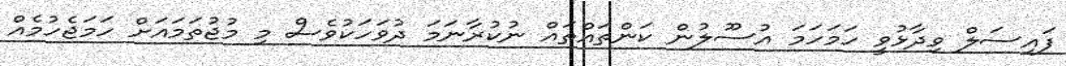
ފައިސަލް ވިދާޅުވީ ހަމަހަމަ އުސޫލުން ކަންތައްތައް ނުކުރާނަމަ ދުވަހަކުވެސް މި މުޖުތަމައަށް ހަމަޖެހުމެއް